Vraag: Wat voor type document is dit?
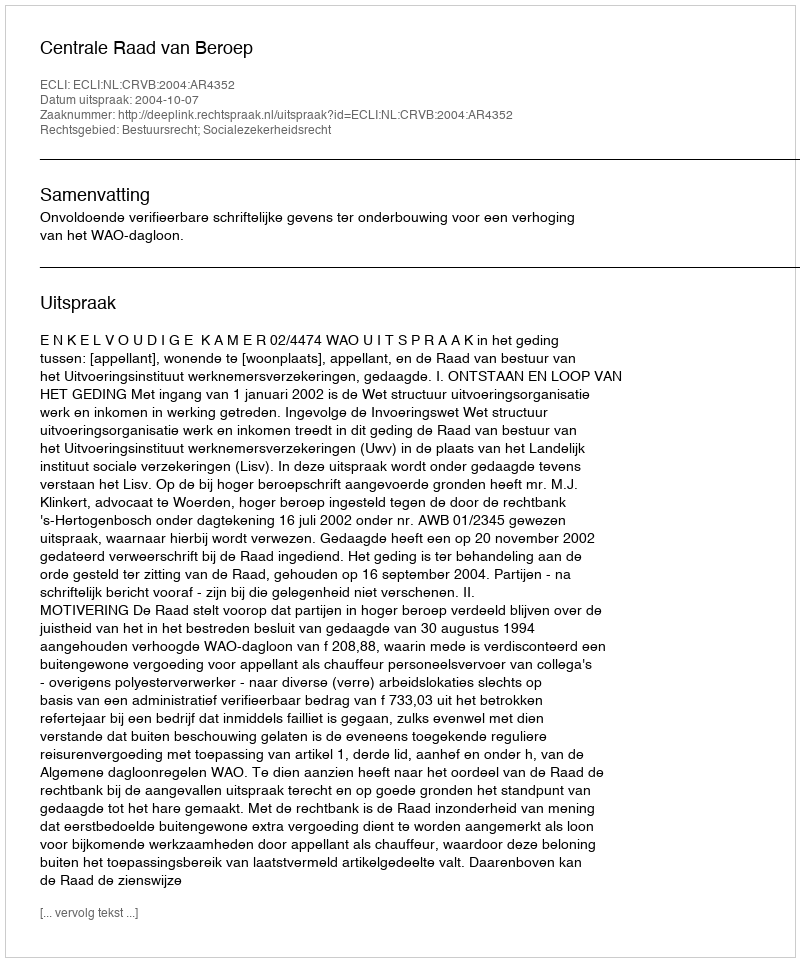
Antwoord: Uitspraak